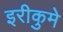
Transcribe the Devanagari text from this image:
इरीकुमे